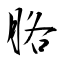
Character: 胳